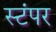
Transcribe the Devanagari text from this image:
स्टंपर